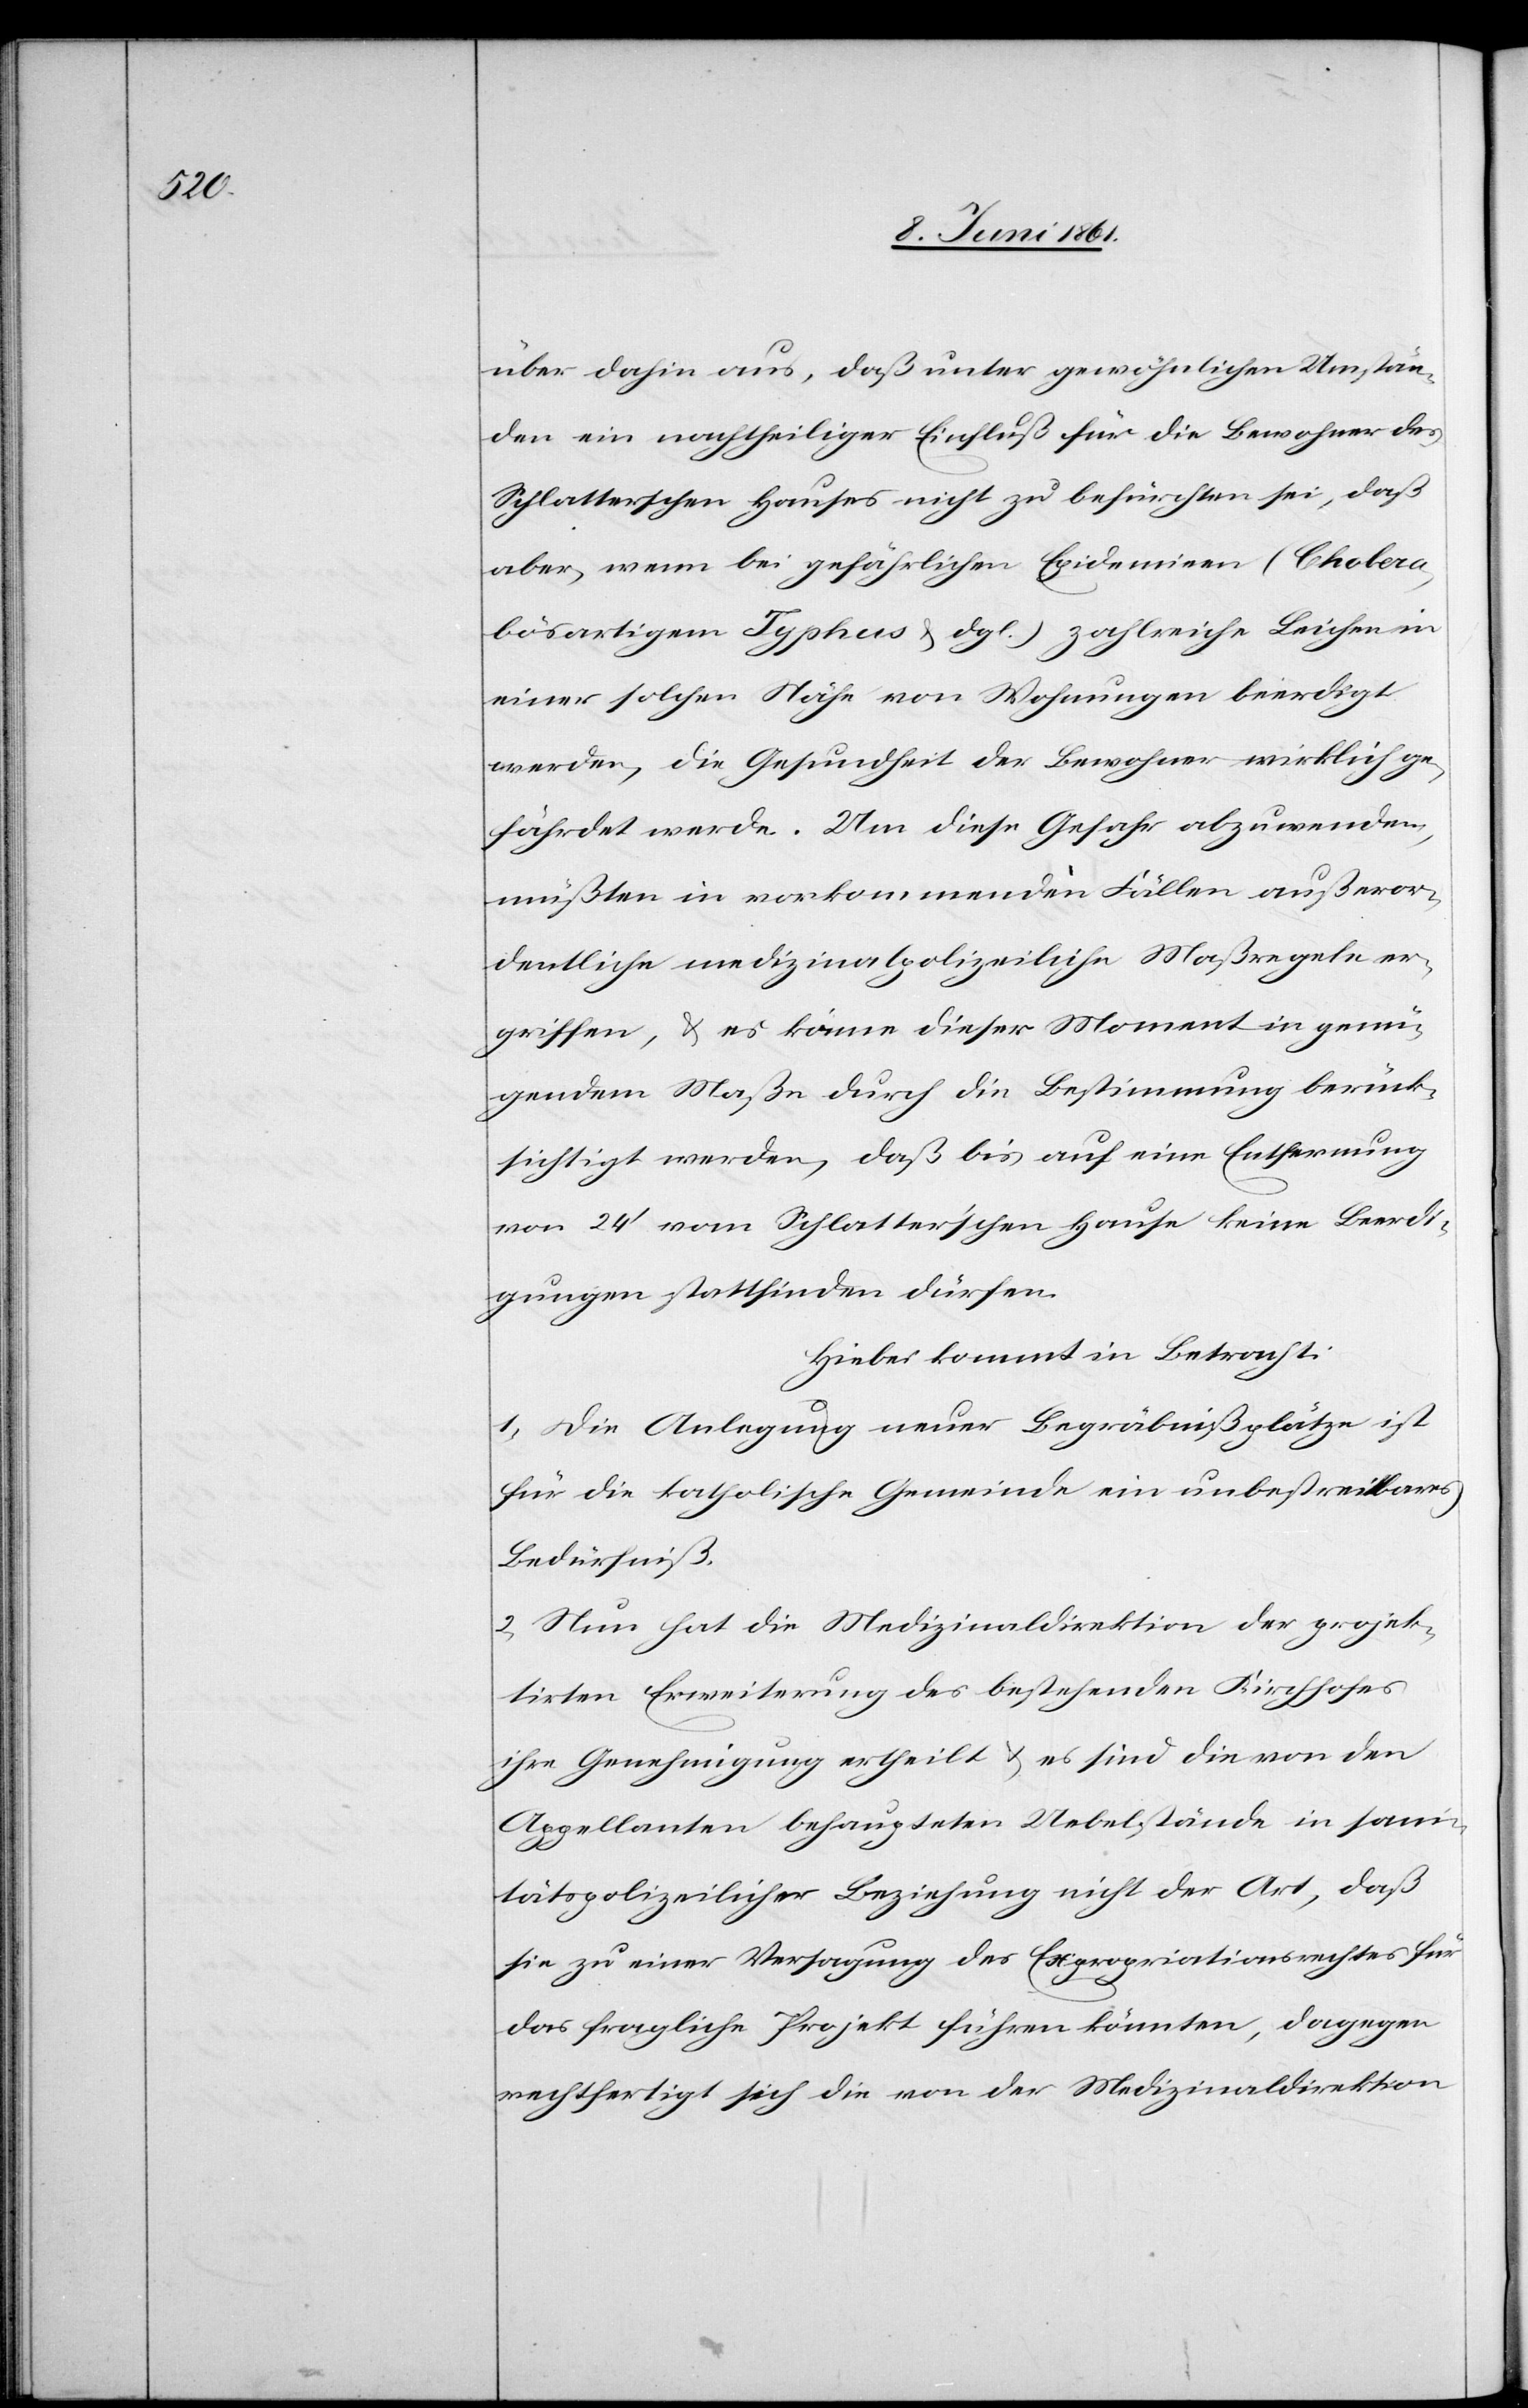
über dahin aus, daß unter gewöhnlichen Umstän¬
den ein nachtheiliger Einfluß für die Bewohner des
Schlatterschen Hauses nicht zu befürchten sei, daß
aber wenn bei gefährlichen Epidemien (Cholera,
bösartigem Typhus u. dgl.) zahlreiche Leichen in
einer solchen Nähe von Wohnungen beerdigt
werden, die Gesundheit der Bewohner wirklich ge¬
fährdet werde. Um diese Gefahr abzuwenden,
müßten in vorkommenden Fällen außeror¬
dentliche medizinalpolizeiliche Maßregeln er¬
griffen, u. es könne dieser Moment in genü¬
gendem Maße durch die Bestimmung berück¬
sichtigt werden, daß bis auf eine Entfernung
von 24’ vom Schlatter’schen Hause keine Beerdi¬
gungen stattfinden dürfen.
Hiebei kommt in Betracht:
1. Die Anlegung neuer Begräbnißplätze ist
für die katholische Gemeinde ein unbestreitbares
Bedürfniß.
2. Nun hat die Medizinaldirektion der projek¬
tirten Erweiterung des bestehenden Kirchhofes
ihre Genehmigung ertheilt u. es sind die von den
Appellanten behaupteten Uebelstände in san¬
itätspolizeilicher Beziehung nicht der Art, daß
sie zu einer Versagung des Expropriationsrechtes für
das fragliche Projekt führen könnten, dagegen
rechtfertigt sich die von der Medizinaldirektion